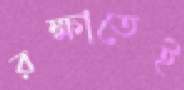
রক্ষাতেই